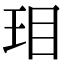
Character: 㺺